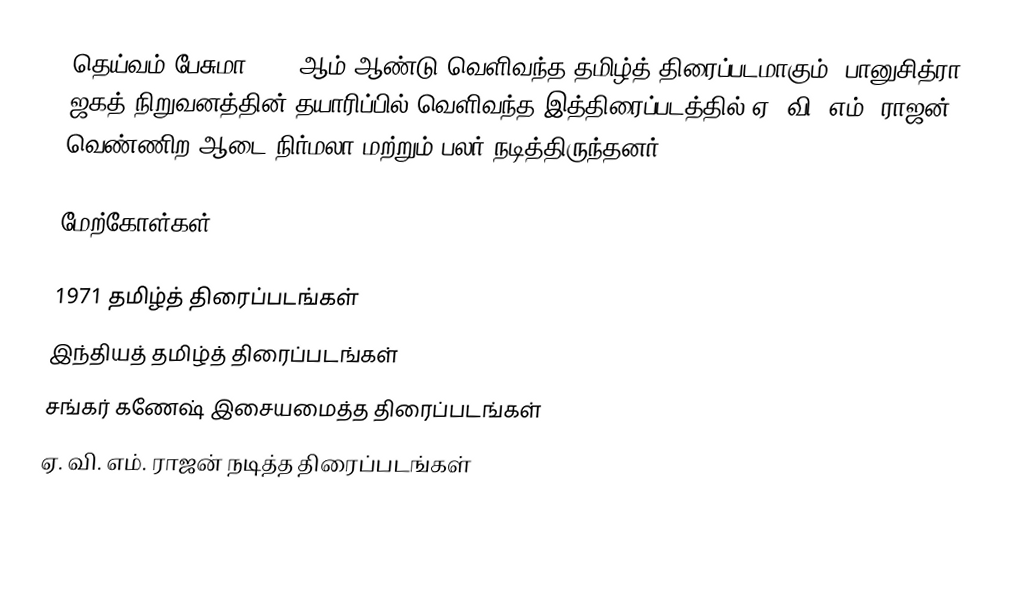
தெய்வம் பேசுமா 1971 ஆம் ஆண்டு வெளிவந்த தமிழ்த் திரைப்படமாகும். பானுசித்ரா ஜகத் நிறுவனத்தின் தயாரிப்பில் வெளிவந்த இத்திரைப்படத்தில் ஏ. வி. எம். ராஜன், வெண்ணிற ஆடை நிர்மலா மற்றும் பலர் நடித்திருந்தனர்.

மேற்கோள்கள்

1971 தமிழ்த் திரைப்படங்கள்
இந்தியத் தமிழ்த் திரைப்படங்கள்
சங்கர் கணேஷ் இசையமைத்த திரைப்படங்கள்
ஏ. வி. எம். ராஜன் நடித்த திரைப்படங்கள்